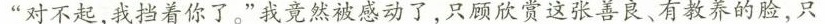
“对不起，我挡着你了。”我竟然被感动了，只顾欣赏这张善良、有教养的脸，只